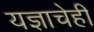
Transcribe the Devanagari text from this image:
यज्ञाचेही